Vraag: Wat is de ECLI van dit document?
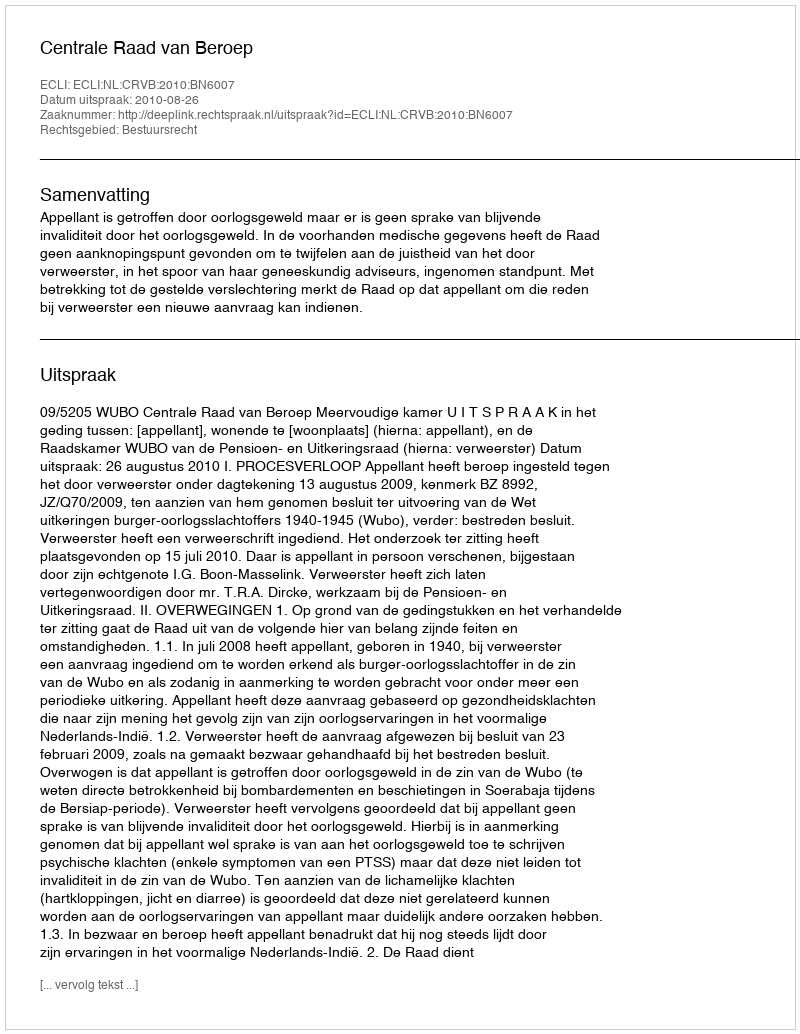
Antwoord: ECLI:NL:CRVB:2010:BN6007